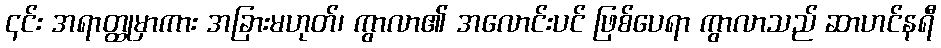
၎င်း အရာတ္ထုမှာကား အခြားမဟုတ်၊ ကွာလာ၏ အလောင်းပင် ဖြစ်ပေရာ ကွာလာသည် ဆာဟင်နရီ